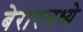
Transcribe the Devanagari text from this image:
बेरारमध्ये